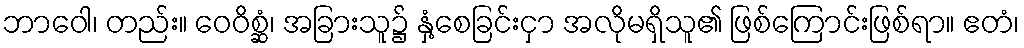
ဘာဝေါ၊ တည်း။ ဝေဝိစ္ဆံ၊ အခြားသူ၌ နှံ့စေခြင်းငှာ အလိုမရှိသူ၏ ဖြစ်ကြောင်းဖြစ်ရာ။ ဧတံ၊